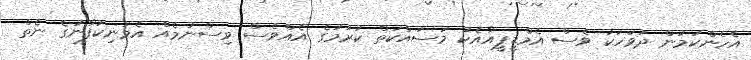
އެހެންކަމުން ދުވަހަކު ވެސް އެމްޑީޕީއާއެކު މަސައްކަތް ކުރުމުގެ އެއްވެސް ވިސްނުމެއް އެމަނިކުފާނުގެ ނެތް